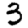
Digit: 3